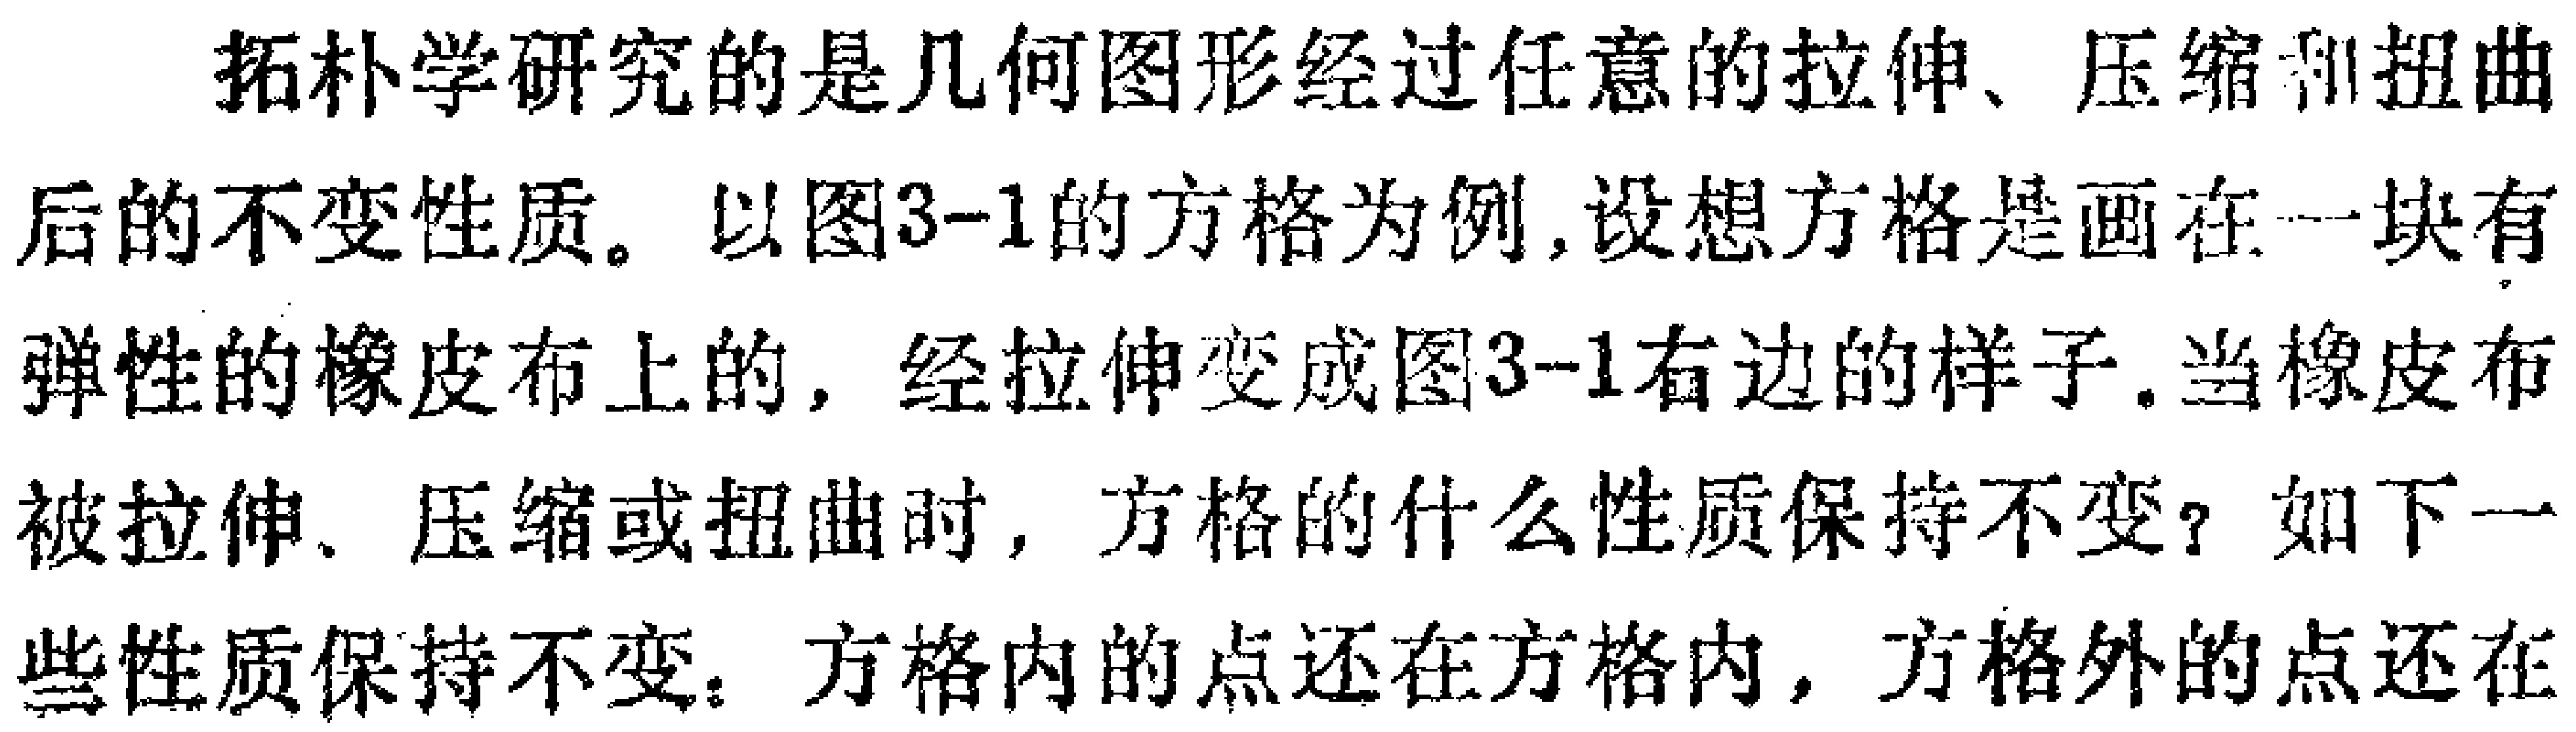
拓扑学研究的是几何图形经过任意的拉伸、压缩和扭曲后的不变性质。以图3-1的方格为例,设想方格是画在一块有弹性的橡皮布上的，经拉伸变成图3-1右边的样子。当橡皮布被拉伸、压缩或扭曲时，方格的什么性质保持不变？如下一些性质保持不变：方格内的点还在方格内，方格外的点还在